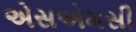
એસએમસી